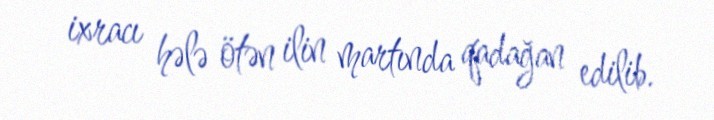
ixracı hələ ötən ilin martında qadağan edilib.